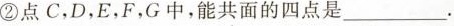
②点C，D，E，F，G中，能共面的四点是______。